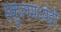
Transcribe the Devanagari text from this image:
स्कूलमध्येही